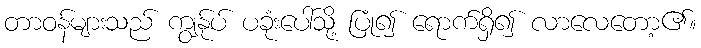
တာဝန်များသည် ကျွန်ုပ် ပခုံးပေါ်သို့ ပြုံ၍ ရောက်ရှိ၍ လာလေတော့၏။